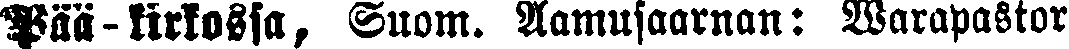
Pää-kirkossa, Suom. Aamusaarnan: Warapastori